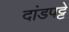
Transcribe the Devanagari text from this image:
दांडपट्टे